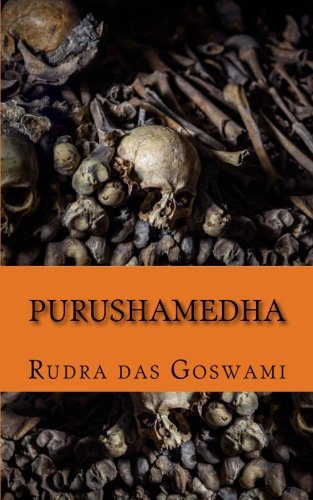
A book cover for Purushamedha; Rudra das Goswami; Religion & Spirituality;